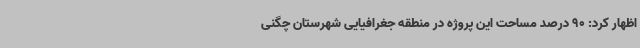
اظهار کرد: 90 درصد مساحت این پروژه در منطقه جغرافیایی شهرستان چگنی